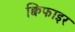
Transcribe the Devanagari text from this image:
क्विफाइर